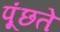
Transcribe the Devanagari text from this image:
पूंछते